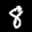
Label: 8